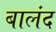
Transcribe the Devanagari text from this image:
बालंद